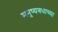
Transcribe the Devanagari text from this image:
मनुष्यवधाच्या